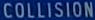
COLLISION